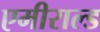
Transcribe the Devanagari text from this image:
एमीराल्ड